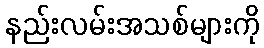
နည်းလမ်းအသစ်များကို